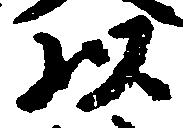
以